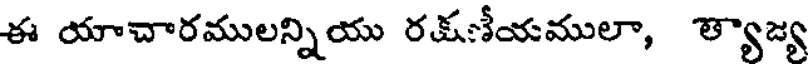
ఈ యాచారములన్నియు రక్షణీయములా, త్యాజ్య